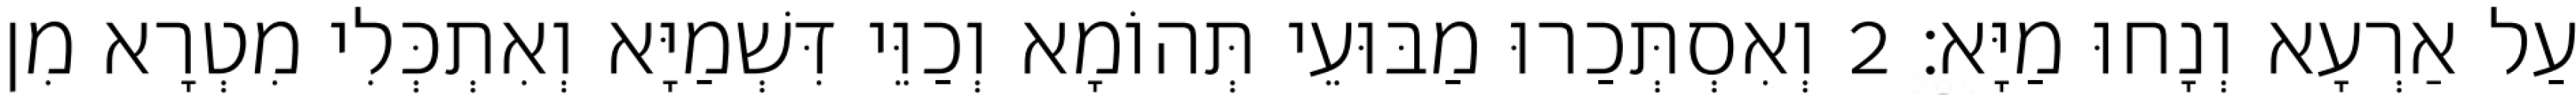
עַל אַרְעָא וְנָחוּ מַיָּא׃ 2 וְאִסְתְּכַרוּ מַבּוּעֵי תְּהוֹמָא וְכַוֵּי דִּשְׁמַיָּא וְאִתְכְּלִי מִטְרָא מִן